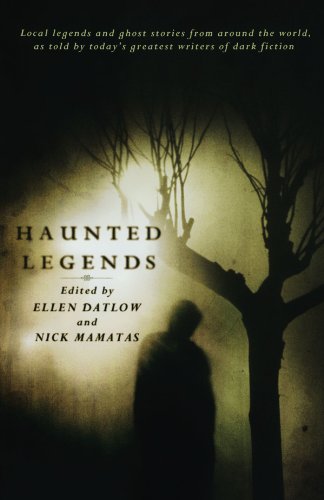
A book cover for Haunted Legends; Ellen Datlow; Humor & Entertainment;